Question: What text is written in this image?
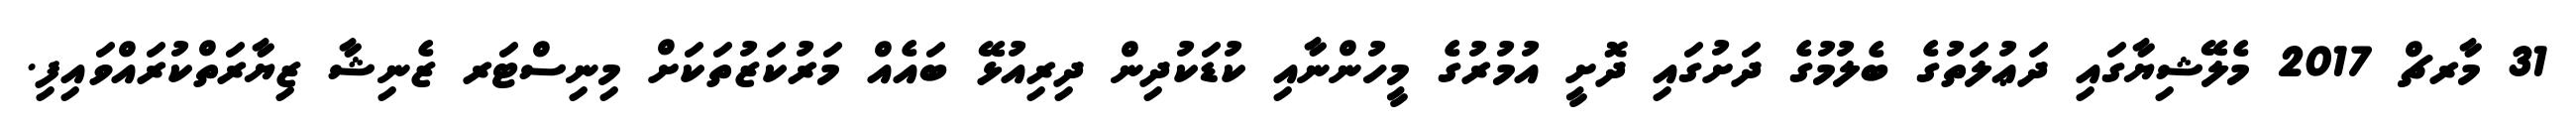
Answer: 31 މާރޗް 2017 މެލޭޝިޔާގައި ދަޢުލަތުގެ ބެލުމުގެ ދަށުގައި ދޮށީ އުމުރުގެ މީހުންނާއި ކުޑަކުދިން ދިރިއުޅޭ ބައެއް މަރުކަޒުތަކަށް މިނިސްޓަރ ޒެނިޝާ ޒިޔާރަތްކުރައްވައިފި.